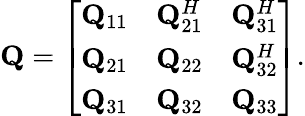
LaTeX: \mathbf{Q}=\left[\begin{array}{ccc}{\mathbf{Q}_{11}}&{\mathbf{Q}_{21}^{H}}&{\mathbf{Q}_{31}^{H}}\\ {\mathbf{Q}_{21}}&{\mathbf{Q}_{22}}&{\mathbf{Q}_{32}^{H}}\\ {\mathbf{Q}_{31}}&{\mathbf{Q}_{32}}&{\mathbf{Q}_{33}}\end{array}\right].